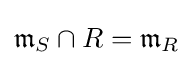
{\mathfrak {m}}_{S}\cap R={\mathfrak {m}}_{R}